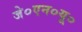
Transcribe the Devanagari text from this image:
जे०एन०यू०